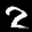
Digit: 2